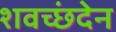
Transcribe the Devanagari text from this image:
शवच्छंदेन